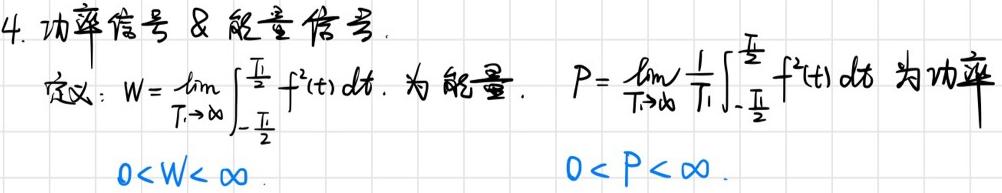
4. 功率信号 \& 能量信号.
定义：$W = \lim_{T \to \infty} \int_{-\frac{T}{2}}^{\frac{T}{2}} f^{2}(t) dt$. 为能量. $P = \lim_{T \to \infty} \frac{1}{T} \int_{-\frac{T}{2}}^{\frac{T}{2}} f^{2}(t) dt$ 为功率.
$0 < W < \infty$. $0 < P < \infty$.